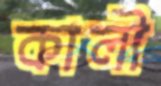
কালী